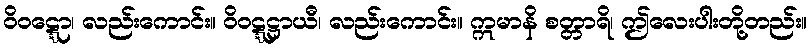
ဝိဝဋ္ဋော၊ လည်းကောင်း။ ဝိဝဋ္ဋဋ္ဌာယီ၊ လည်းကောင်း။ ဣမာနိ စတ္တာရိ၊ ဤလေးပါးတို့တည်း။